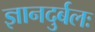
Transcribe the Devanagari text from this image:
ज्ञानदुर्बलः